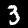
Label: 3